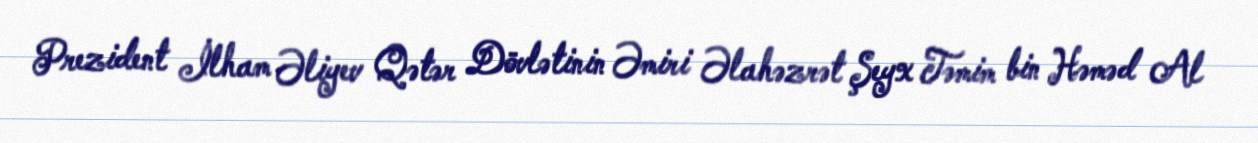
Prezident İlham Əliyev Qətər Dövlətinin Əmiri Əlahəzrət Şeyx Təmim bin Həməd Al